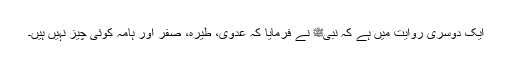
ایک دوسری روایت میں ہے کہ نبیﷺ نے فرمایا کہ عدوی، طیرہ، صفر اور ہامہ کوئی چیز نہیں ہیں۔